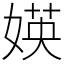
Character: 媖